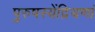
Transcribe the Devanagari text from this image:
पुरुषस्येंद्रियणां